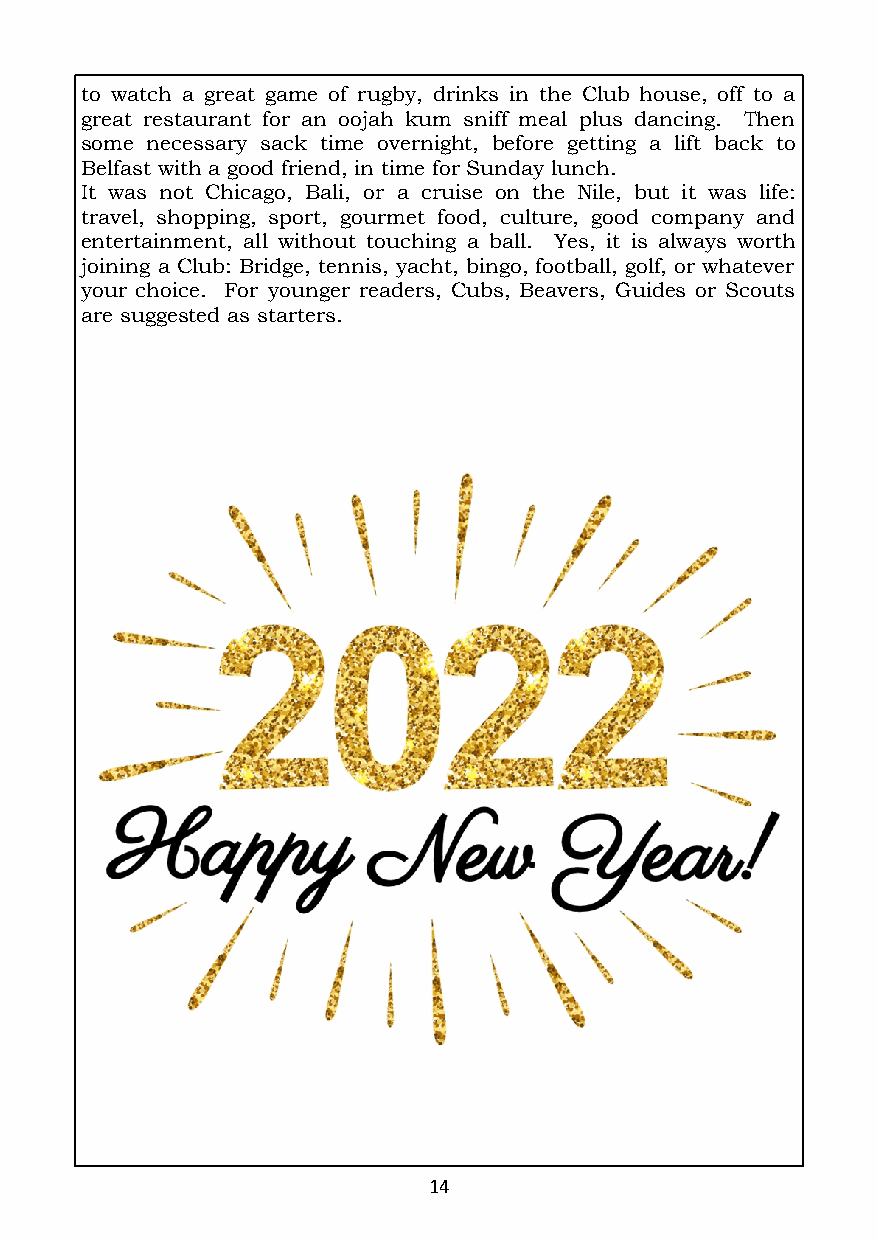
to watch a great game of rugby, drinks in the Club house, off to a
 great restaurant for an oojah kum sniff meal plus dancing. Then
 some necessary sack time overnight, before getting a lift back to
 Belfast with a good friend, in time for Sunday lunch.
 It was not Chicago, Bali, or a cruise on the Nile, but it was life:
 travel, shopping, sport, gourmet food, culture, good company and
 entertainment, all without touching a ball. Yes, it is always worth
 joining a Club: Bridge, tennis, yacht, bingo, football, golf, or whatever
 your choice. For younger readers, Cubs, Beavers, Guides or Scouts
 are suggested as starters.
 14